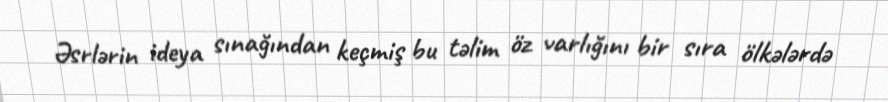
Əsrlərin ideya sınağından keçmiş bu təlim öz varlığını bir sıra ölkələrdə